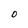
Character: 0